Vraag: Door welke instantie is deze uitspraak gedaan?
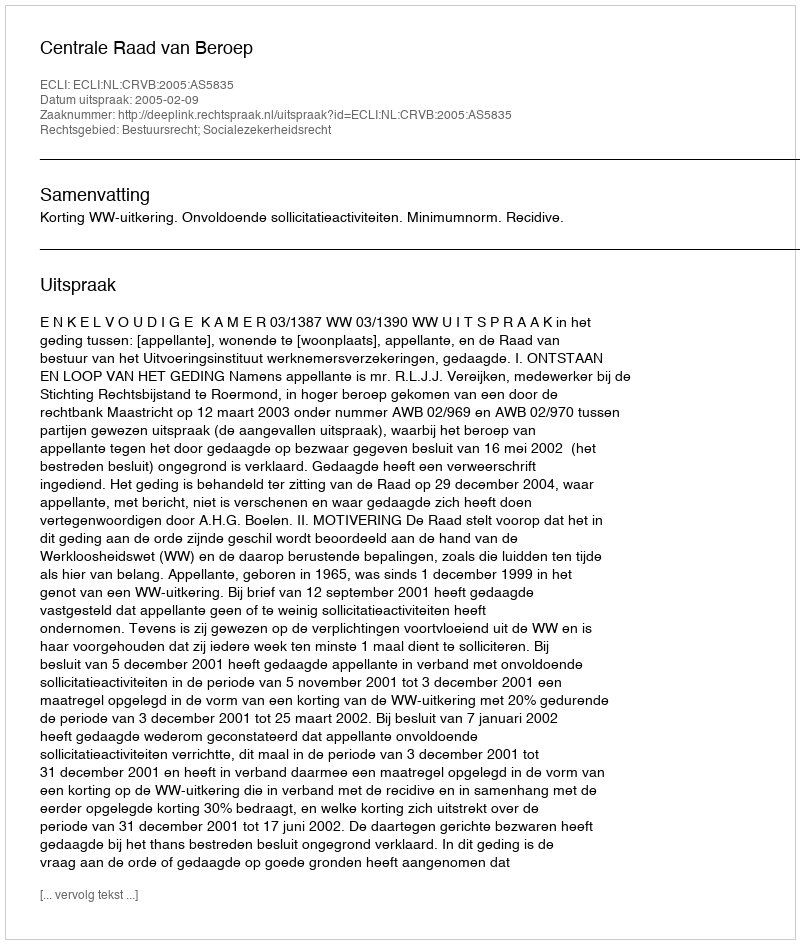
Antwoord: Centrale Raad van Beroep